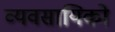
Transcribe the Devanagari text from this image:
व्यवसायिको